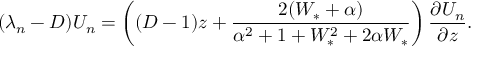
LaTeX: ( \lambda _ { n } - D ) U _ { n } = \left( ( D - 1 ) z + \frac { 2 ( W _ { * } + \alpha ) } { \alpha ^ { 2 } + 1 + W _ { * } ^ { 2 } + 2 \alpha W _ { * } } \right) \frac { \partial U _ { n } } { \partial z } .